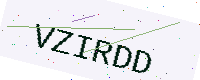
Text: VZIRDD